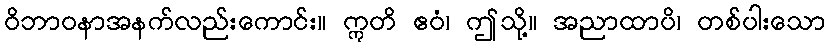
ဝိဘာဝနာအနက်လည်းကောင်း။ ဣတိ ဧဝံ၊ ဤသို့။ အညာထာပိ၊ တစ်ပါးသော